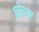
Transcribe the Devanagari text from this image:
घोघस